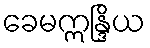
ခေမဣန္ဒြိယ